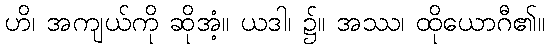
ဟိ၊ အကျယ်ကို ဆိုအံ့။ ယဒါ၊ ၌။ အဿ၊ ထိုယောဂီ၏။